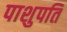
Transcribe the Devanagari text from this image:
पाशुपति